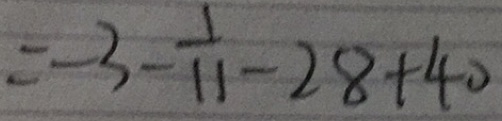
= - 3 - \frac { 1 } { 1 1 } - 2 8 + 4 0